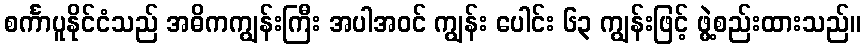
စင်္ကာပူနိုင်ငံသည် အဓိကကျွန်းကြီး အပါအဝင် ကျွန်း ပေါင်း ၆၃ ကျွန်းဖြင့် ဖွဲ့စည်းထားသည်။